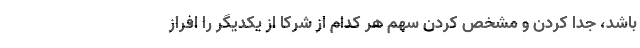
باشد، جدا کردن و مشخص کردن سهم هر کدام از شرکا از یکدیگر را افراز